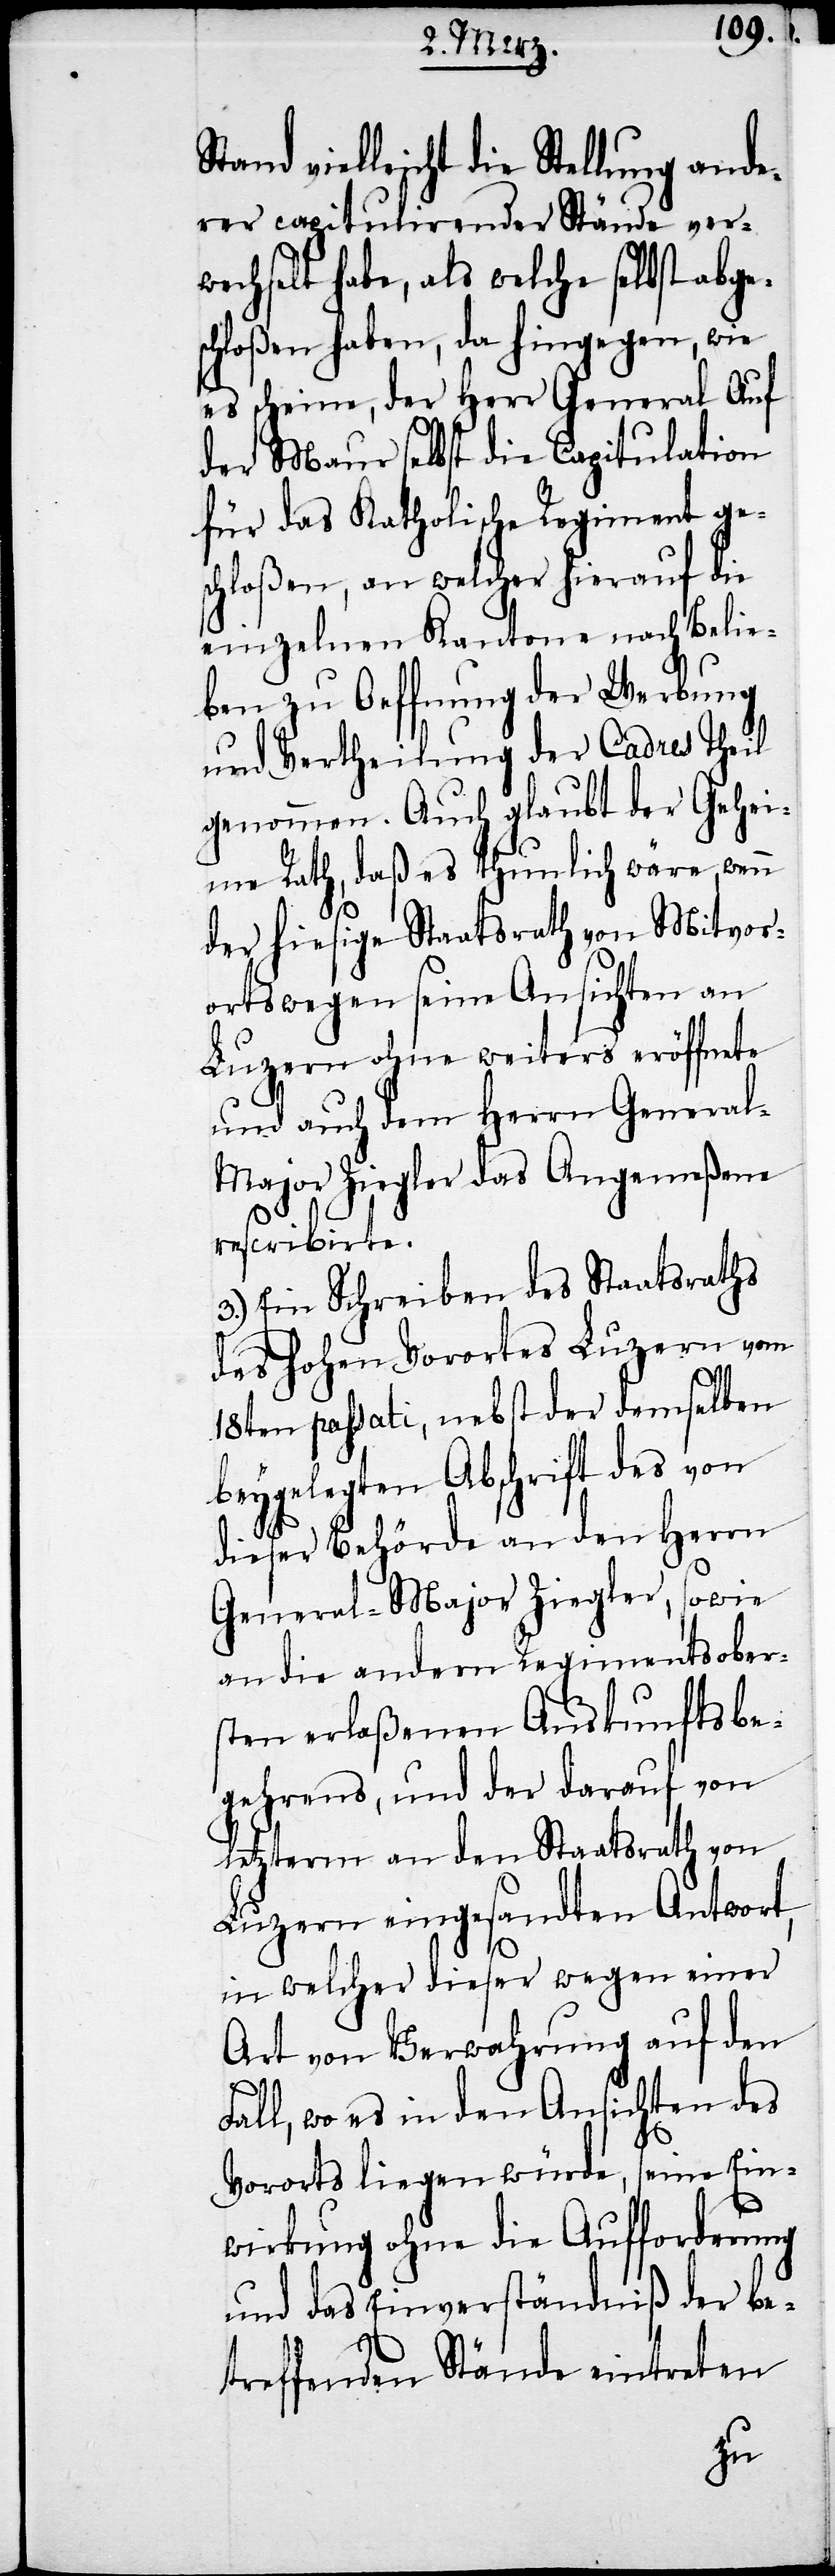
rer capitulirender Stände ver¬
wechselt habe, als welche selbst abges¬
chloßen haben, da hingegen, wie
es scheine, der Herr General Auf
der Maur selbst die Capitulation
für das Katholische Regiment ges¬
chloßen, an welcher hierauf die
einzelnen Kantone nach Belie¬
ben zu Oeffnung der Werbung
und Vertheilung der Cadres Theil
genommen. Auch glaubt der Gehe¬
ime Rath, daß es thunlich wäre, wenn
der hiesige Staatsrath von Mitvor¬
ortswegen seine Ansichten an
Luzern ohne weiters eröffnete
und auch dem Herrn Genera¬
l-Major Ziegler das Angemeßene
rescribirte.
3.) Ein Schreiben des Staatsraths
des hohen Vorortes Luzern vom
18ten passati, nebst der demselben
beygelegten Abschrift des von
dieser Behörde an den Herrn
General-Major Ziegler, sowie
an die andern Regimentsober¬
sten erlaßenen Auskunftsbe¬
gehrens, und der darauf von
letzterm an den Staatsrath von
Luzern eingesandten Antwort,
in welcher dieser wegen einer
Art von Verwahrung auf den
Fall, wo es in den Ansichten des
Vororts liegen würde, seine Ein¬
wirkung ohne die Aufforderung
und das Einverständniß der be¬
treffenden Stände eintreten
ande¬